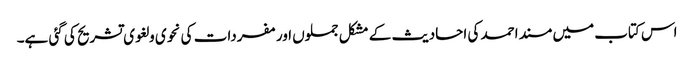
اس کتاب میں مسند احمد کی احادیث کے مشکل جملوں اور مفردات کی نحوی و لغوی تشریح کی گئی ہے۔